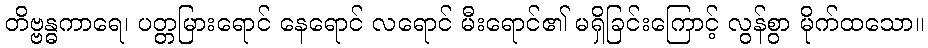
တိဗ္ဗန္ဓကာရေ၊ ပတ္တမြားရောင် နေရောင် လရောင် မီးရောင်၏ မရှိခြင်းကြောင့် လွန်စွာ မိုက်ထသော။